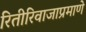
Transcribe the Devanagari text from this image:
रितीरिवाजाप्रमाणे